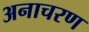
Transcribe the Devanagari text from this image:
अनाचरण